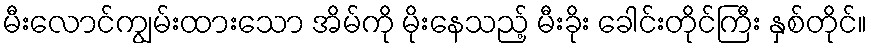
မီးလောင်ကျွမ်းထားသော အိမ်ကို မိုးနေသည့် မီးခိုး ခေါင်းတိုင်ကြီး နှစ်တိုင်။